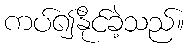
ကပ်၍နိုင်ခဲ့သည်။